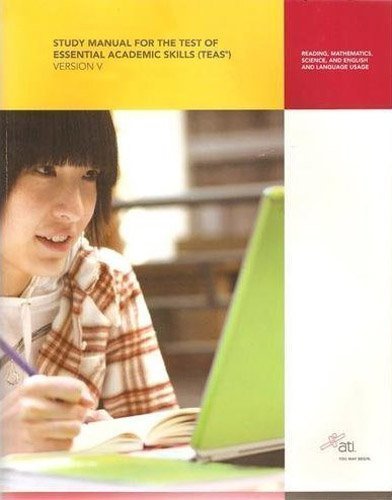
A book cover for TEAS Review Manual, Vers. V (5) (ATI, Study Manual for the Test of Essential Academic Skills(TEAS)) 1st (first) Edition by Assessment Technologies, Inc. published by Jones and Bartlett Publishers (2009) Paperback; Medical Books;